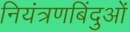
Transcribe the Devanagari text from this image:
नियंत्रणबिंदुओं